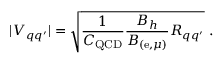
| V _ { q q ^ { \prime } } | = \sqrt { \frac { 1 } { C _ { \mathrm { Q C D } } } \frac { B _ { h } } { B _ { ( \mathrm { e } , \mu ) } } R _ { q q ^ { \prime } } } \ .